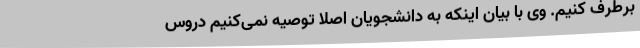
برطرف کنیم. وی با بیان اینکه به دانشجویان اصلاً توصیه نمی‌کنیم دروس